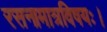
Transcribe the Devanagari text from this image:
रसनामात्रविषयः।